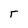
Character: r